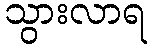
သွားလာရ